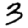
Digit: 3